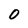
Character: 0